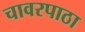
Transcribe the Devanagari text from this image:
चावरपाठा